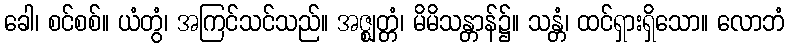
ခေါ၊ စင်စစ်။ ယံတွံ၊ အကြင်သင်သည်။ အဇ္ဈတ္တံ၊ မိမိသန္တာန်၌။ သန္တံ၊ ထင်ရှားရှိသော။ လောဘံ